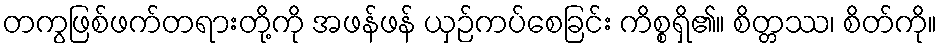
တကွဖြစ်ဖက်တရားတို့ကို အဖန်ဖန် ယှဉ်ကပ်စေခြင်း ကိစ္စရှိ၏။ စိတ္တဿ၊ စိတ်ကို။